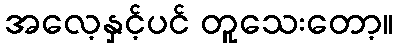
အလေ့နှင့်ပင် တူသေးတော့။